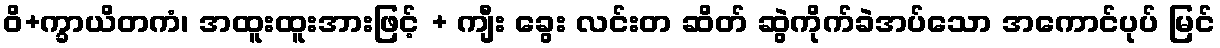
ဝိ+က္ခာယိတကံ၊ အထူးထူးအားဖြင့် + ကျီး ခွေး လင်းတ ဆိတ် ဆွဲကိုက်ခဲအပ်သော အကောင်ပုပ် မြင်